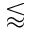
\lessapprox